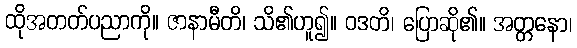
ထိုအတတ်ပညာကို။ ဇာနာမီတိ၊ သိ၏ဟူ၍။ ဝဒတိ၊ ပြောဆို၏။ အတ္တနော၊